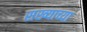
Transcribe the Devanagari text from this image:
सख्याच्या